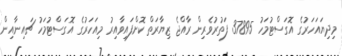
މިދިޔައަހަރުގެ އޮގަސްޓުމަހު 37895 ފަތުރުވެރިން ރާއްޖެ ޒިޔާރަތް ކޮށްފައިވާއިރު މިއަހަރުގެ އޮގަސްޓުމަހު ޗައިނާއިން